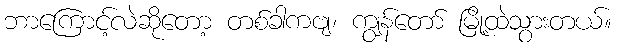
ဘာကြောင့်လဲဆိုတော့ တစ်ခါကဗျ၊ ကျွန်တော် မြို့ထဲသွားတယ်။